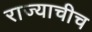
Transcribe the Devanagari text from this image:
राज्याचीच